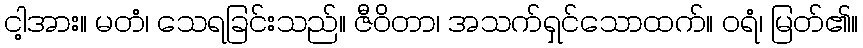
ငါ့အား။ မတံ၊ သေရခြင်းသည်။ ဇီဝိတာ၊ အသက်ရှင်သောထက်။ ဝရံ၊ မြတ်၏။